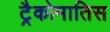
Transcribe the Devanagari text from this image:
ट्रैकोमातिस